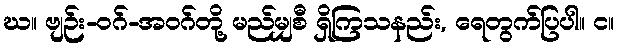
ဃ။ ဗျဉ်း-ဝဂ်-အဝဂ်တို့ မည်မျှစီ ရှိကြသနည်း, ရေတွက်ပြပါ။ င။